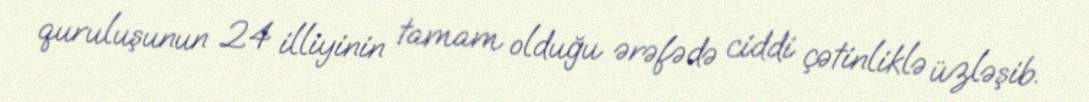
quruluşunun 24 illiyinin tamam olduğu ərəfədə ciddi çətinliklə üzləşib.